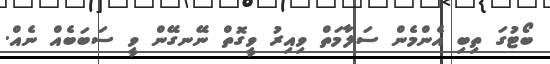
ބޯޓުގަ ތިބި އެންމެން ސަލާމަތް ވިއިރު ވީގޮތް ނޭނގޭން ވީ ސަބަބެއް ނެއް.